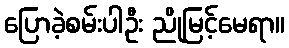
ပြောခဲ့စမ်းပါဦး ညိုမြင့်မေရာ။